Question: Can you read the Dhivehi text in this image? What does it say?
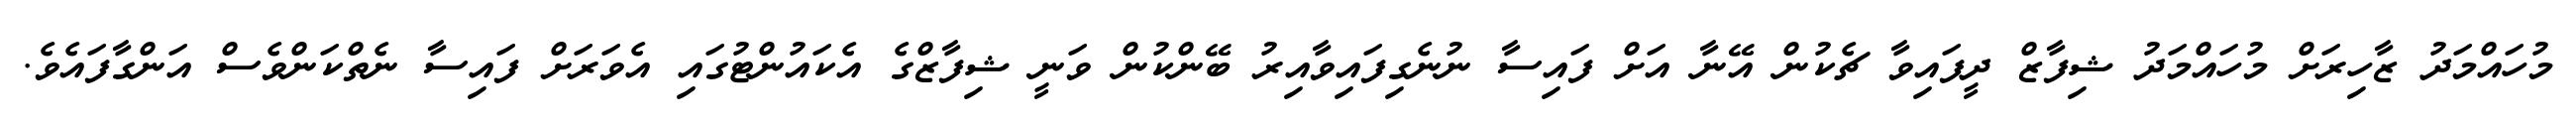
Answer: މުހައްމަދު ޒާހިރަށް މުހައްމަދު ޝިފާޒް ދީފައިވާ ޗެކުން އޭނާ އަށް ފައިސާ ނުނެގިފައިވާއިރު ބޭންކުން ވަނީ ޝިފާޒްގެ އެކައުންޓުގައި އެވަރަށް ފައިސާ ނެތްކަންވެސް އަންގާފައެވެ.